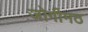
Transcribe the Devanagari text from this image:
जोगीमठ